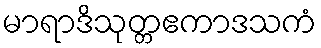
မာရာဒိသုတ္တဧကာဒသကံ